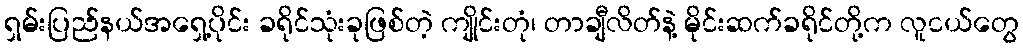
ရှမ်းပြည်နယ်အရှေ့ပိုင်း ခရိုင်သုံးခုဖြစ်တဲ့ ကျိုင်းတုံ၊ တာချီလိတ်နဲ့ မိုင်းဆက်ခရိုင်တို့က လူငယ်တွေ